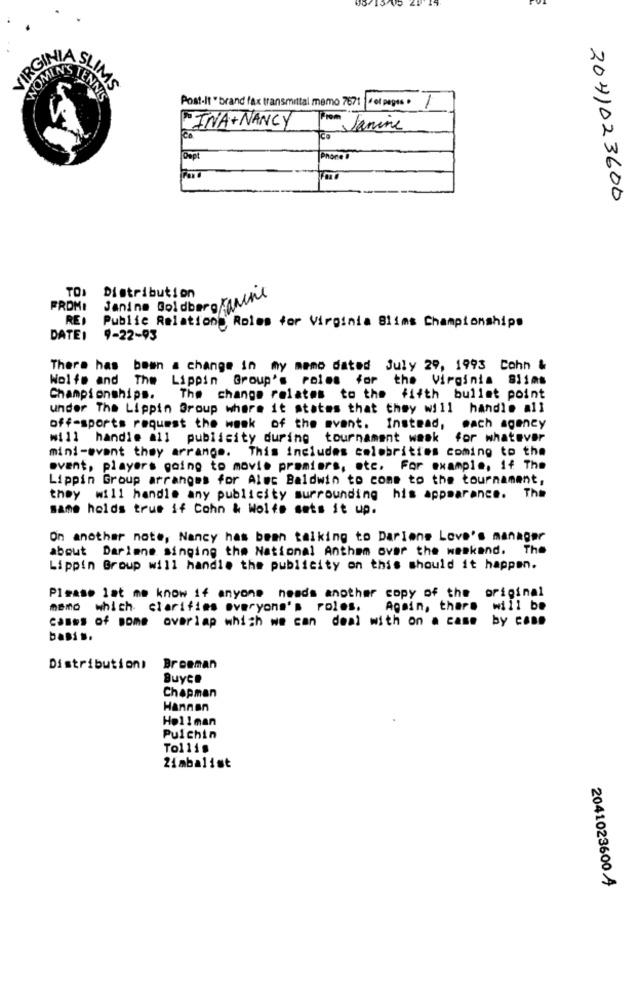
VIRGINIA SLIMS
WOMIN'S TENNIS
Post-It " brand fax transmittal memo 7671 |det peges .
1
INA+NANCY
Janine
2041023600
TOI
Janine Goldberg Fannie
Distribution
FROM!
REI
Public Relations Roles for Virginia Blims Championships
DATEI
9-22-93
There has been a change in my memo dated July 29, 1993 Cohn &
Wolfe and The Lippin Group's roles for
the Virginia 81108
Championships.
The change relates to the fifth bullet point
under The Lippin Group where it states that they will handle all
off-sports request the wask of the avant. Instead,
each agency
will handle all publicity during tournament wask for whatever
mini-event they arrange.
This includes colobrittes coming to the
ovent, players going to movie premiers, etc. For example, if The
Lippin Group arranges for Alec Baldwin to come to the tournament,
they will handle any publicity surrounding his appearance. The
same holds true if Cohn & Wolfe sets it up.
On another note, Nancy has been talking to Darlene Love's manager
about Darlene singing the National Anthem over the weekend. The
Lippin Group will handle the publicity on this should it happen.
Please let me know if anyone heads another copy of the original
memo which clarifies everyone's roles.
Again, there will be
cases of some overlap which we can deal with on a case by cans
basis.
Distributioni
Breeman
Buyce
Chapman
Hannan
Hollman
Pulchin
To1118
2imbalist
2041023600 Ą